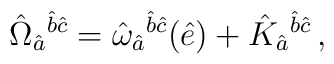
\hat{\Omega}_{\hat{a}}{}^{\hat{b}\hat{c}} = \hat{\omega}_{\hat{a}}{}^{\hat{b}\hat{c}} (\hat{e})+\hat{K}_{\hat{a}}{}^{\hat{b}\hat{c}}\, ,